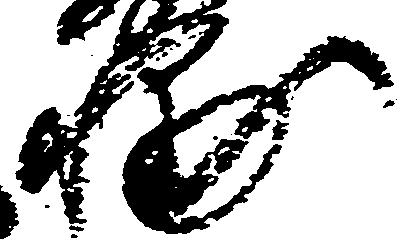
輔